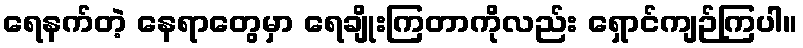
ရေနက်တဲ့ နေရာတွေမှာ ရေချိုးကြတာကိုလည်း ရှောင်ကျဉ်ကြပါ။